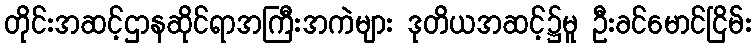
တိုင်းအဆင့်ဌာနဆိုင်ရာအကြီးအကဲများ ဒုတိယအဆင့်၌မူ ဦးခင်မောင်ငြိမ်း